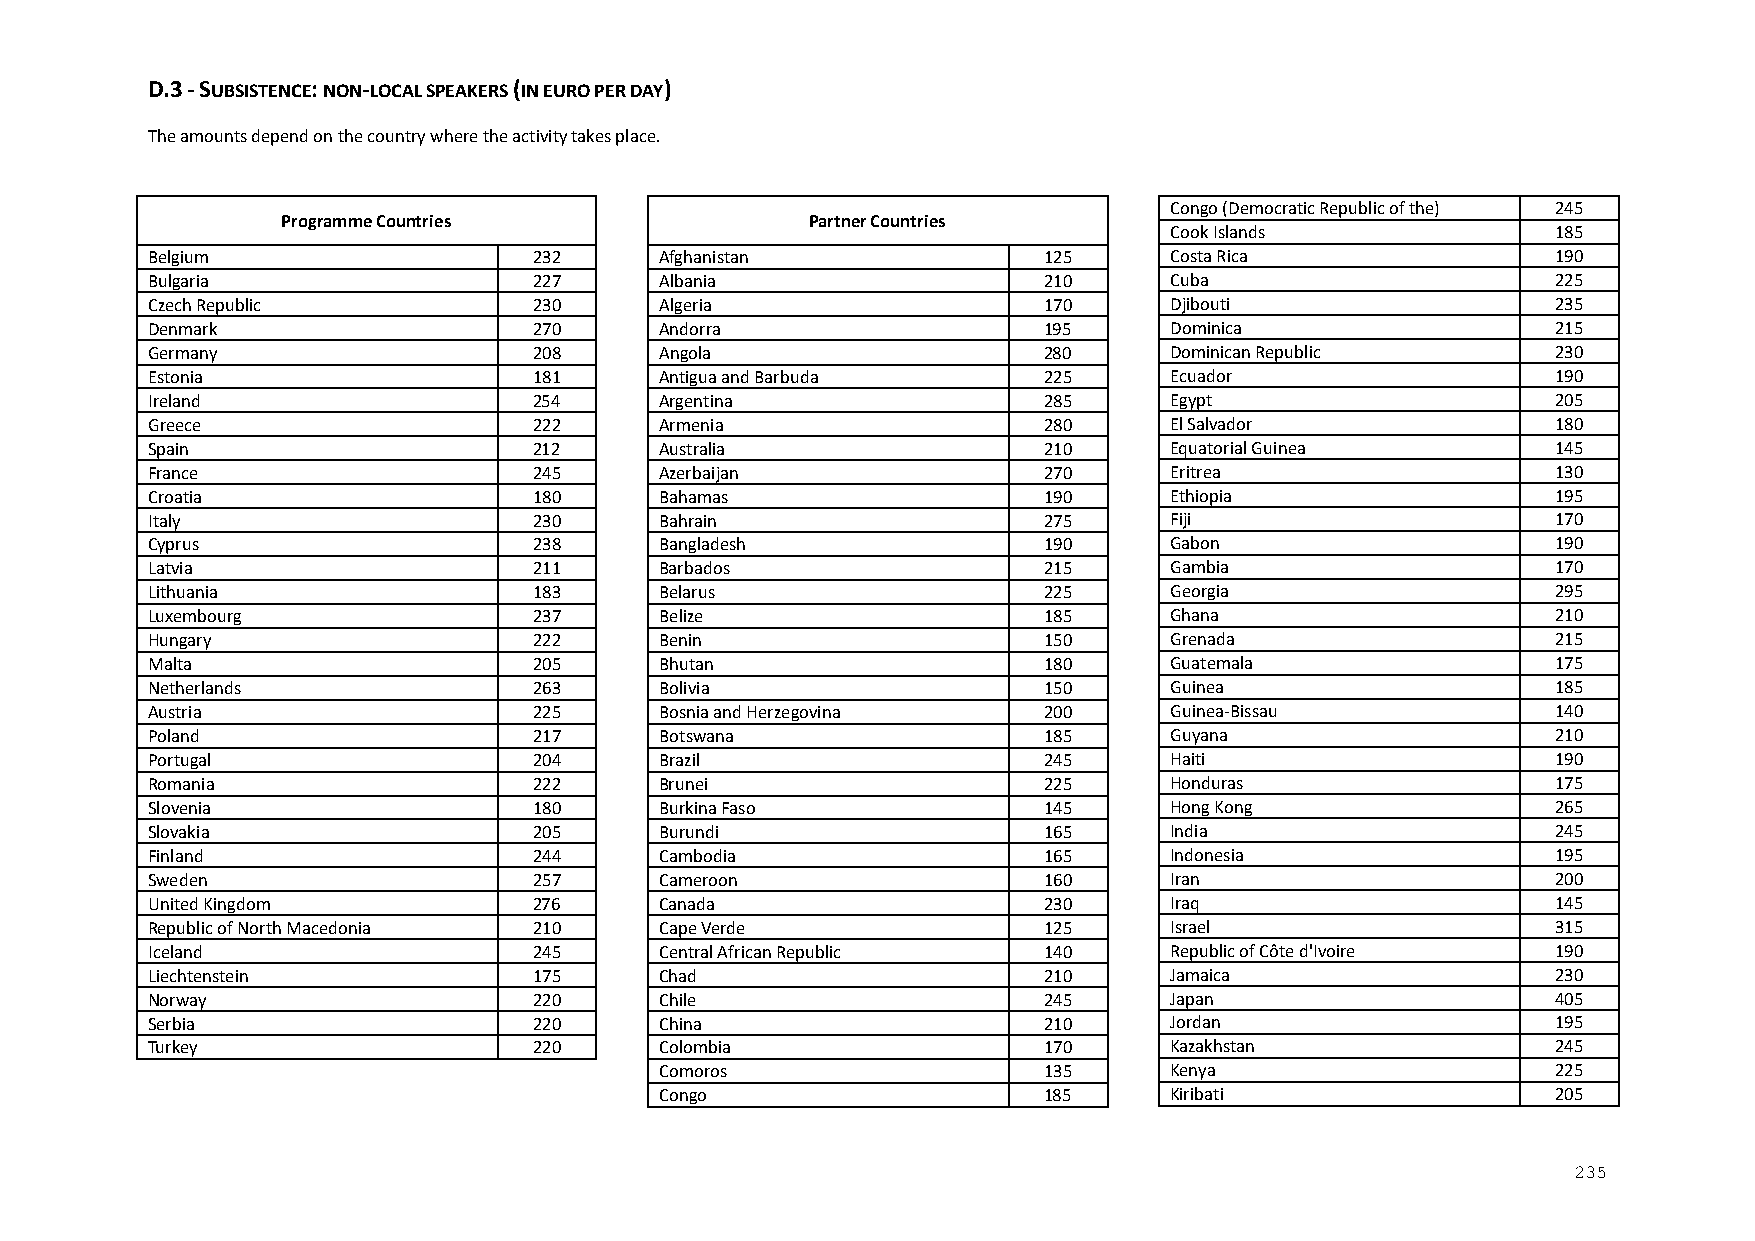
D.3 - SUBSISTENCE: NON-LOCAL SPEAKERS (IN EURO PER DAY)
 The amounts depend on the country where the activity takes place.
 Congo (Democratic Republic of the) 245
 Programme Countries                Partner Countries
 Cook Islands              185
 Belgium                  232      Afghanistan              125     Costa Rica                190
 Bulgaria                 227      Albania                  210     Cuba                      225
 Czech Republic           230      Algeria                  170     Djibouti                  235
 Denmark                  270      Andorra                  195     Dominica                  215
 Germany                  208      Angola                   280     Dominican Republic        230
 Estonia                  181      Antigua and Barbuda      225     Ecuador                   190
 Ireland                  254      Argentina                285     Egypt                     205
 Greece                   222      Armenia                  280     El Salvador               180
 Spain                    212      Australia                210     Equatorial Guinea         145
 France                   245      Azerbaijan               270     Eritrea                   130
 Croatia                  180      Bahamas                  190     Ethiopia                  195
 Italy                    230      Bahrain                  275     Fiji                      170
 Cyprus                   238      Bangladesh               190     Gabon                     190
 Latvia                   211      Barbados                 215     Gambia                    170
 Lithuania                183      Belarus                  225     Georgia                   295
 Luxembourg               237      Belize                   185     Ghana                     210
 Hungary                  222      Benin                    150     Grenada                   215
 Malta                    205      Bhutan                   180     Guatemala                 175
 Netherlands              263      Bolivia                  150     Guinea                    185
 Austria                  225      Bosnia and Herzegovina   200     Guinea-Bissau             140
 Poland                   217      Botswana                 185     Guyana                    210
 Portugal                 204      Brazil                   245     Haiti                     190
 Romania                  222      Brunei                   225     Honduras                  175
 Slovenia                 180      Burkina Faso             145     Hong Kong                 265
 Slovakia                 205      Burundi                  165     India                     245
 Finland                  244      Cambodia                 165     Indonesia                 195
 Sweden                   257      Cameroon                 160     Iran                      200
 United Kingdom           276      Canada                   230     Iraq                      145
 Republic of North Macedonia 210   Cape Verde               125     Israel                    315
 Iceland                  245      Central African Republic 140     Republic of Côte d'Ivoire 190
 Liechtenstein            175      Chad                     210     Jamaica                   230
 Norway                   220      Chile                    245     Japan                     405
 Serbia                   220      China                    210     Jordan                    195
 Turkey                   220      Colombia                 170     Kazakhstan                245
 Comoros                  135     Kenya                     225
 Congo                    185     Kiribati                  205
 235